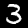
Digit: 3